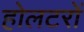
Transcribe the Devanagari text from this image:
होलटरों